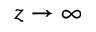
z \to \infty